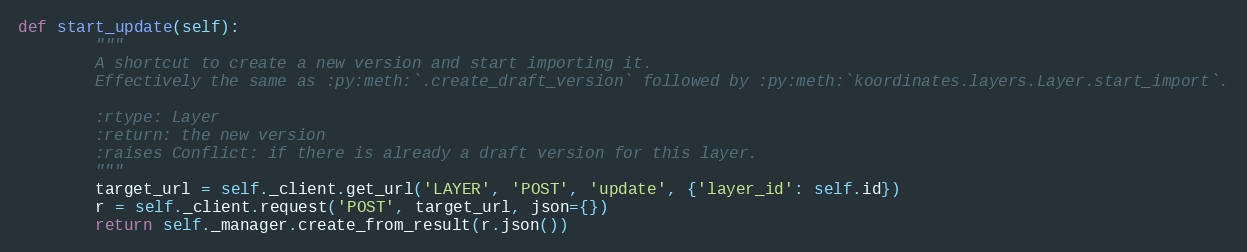
Language: Python
def start_update(self):
        """
        A shortcut to create a new version and start importing it.
        Effectively the same as :py:meth:`.create_draft_version` followed by :py:meth:`koordinates.layers.Layer.start_import`.

        :rtype: Layer
        :return: the new version
        :raises Conflict: if there is already a draft version for this layer.
        """
        target_url = self._client.get_url('LAYER', 'POST', 'update', {'layer_id': self.id})
        r = self._client.request('POST', target_url, json={})
        return self._manager.create_from_result(r.json())